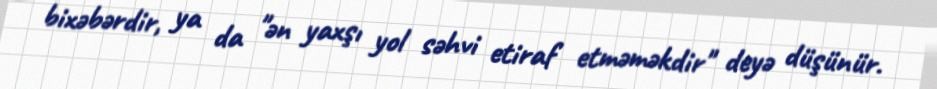
bixəbərdir, ya da "ən yaxşı yol səhvi etiraf etməməkdir" deyə düşünür.